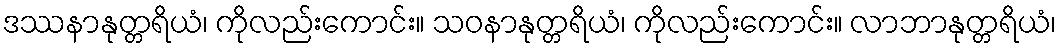
ဒဿနာနုတ္တရိယံ၊ ကိုလည်းကောင်း။ သဝနာနုတ္တရိယံ၊ ကိုလည်းကောင်း။ လာဘာနုတ္တရိယံ၊